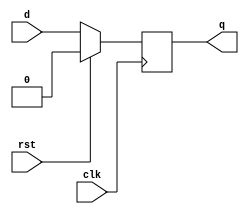
module d_ff(d,q,rst,clk);

input d,clk,rst;

output reg q;

always @(posedge clk)
begin
if (rst)
q<=1'b0;
else 
q<=d;
end

endmodule

//module lfsr(clk,rst,d0,d1,d2,d3,q0,q1,q2,q3);
module lfsr(clk,rst,q0,q1,q2,q3);
input clk,rst;
output q0,q3,q2,q1;
wire y;
xor N(y,q3,~q0);
d_ff d_0(.d(q3),.q(q0),.rst(rst),.clk(clk));
d_ff d_1(.d(y),.q(q1),.rst(rst),.clk(clk));
d_ff d_2(.d(q1),.q(q2),.rst(rst),.clk(clk));
d_ff d_3(.d(q2),.q(q3),.rst(rst),.clk(clk));


//d_ff d_0(.d(d0),.q(q0),.rst(rst),.clk(clk));
//d_ff d_1(.d(d1),.q(q1),.rst(rst),.clk(clk));
//d_ff d_2(.d(d2),.q(q2),.rst(rst),.clk(clk));
//d_ff d_3(.d(d3),.q(q3),.rst(rst),.clk(clk));

//xor N1(y,q3,q0);

//assign q1=y;
//assign q0=d3;
//assign q2=q1;
//assign q3=q2;


endmodule